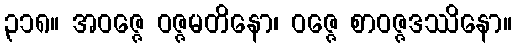
၃၁၈။ အဝဇ္ဇေ ဝဇ္ဇမတိနော၊ ဝဇ္ဇေ စာဝဇ္ဇဒဿိနော။